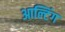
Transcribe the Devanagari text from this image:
आल्टिंग